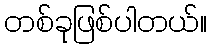
တစ်ခုဖြစ်ပါတယ်။